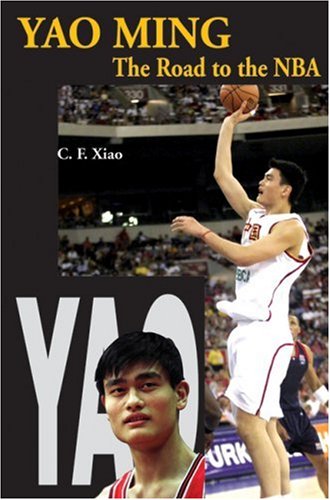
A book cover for Yao Ming: The Road to the NBA; C.F. Xiao; Teen & Young Adult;